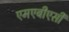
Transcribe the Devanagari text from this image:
एमएबीएसी